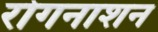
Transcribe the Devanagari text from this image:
रोगनाशन